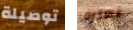
توصيلة نعترف